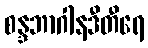
စန္ဒဘာဂါနဒီတီရေ